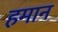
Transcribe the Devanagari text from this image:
हमान